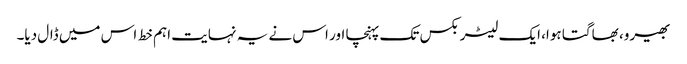
بھیرو، بھاگتا ہوا، ایک لیٹر بکس تک پہنچا اور اس نے یہ نہایت اہم خط اس میں ڈال دیا۔